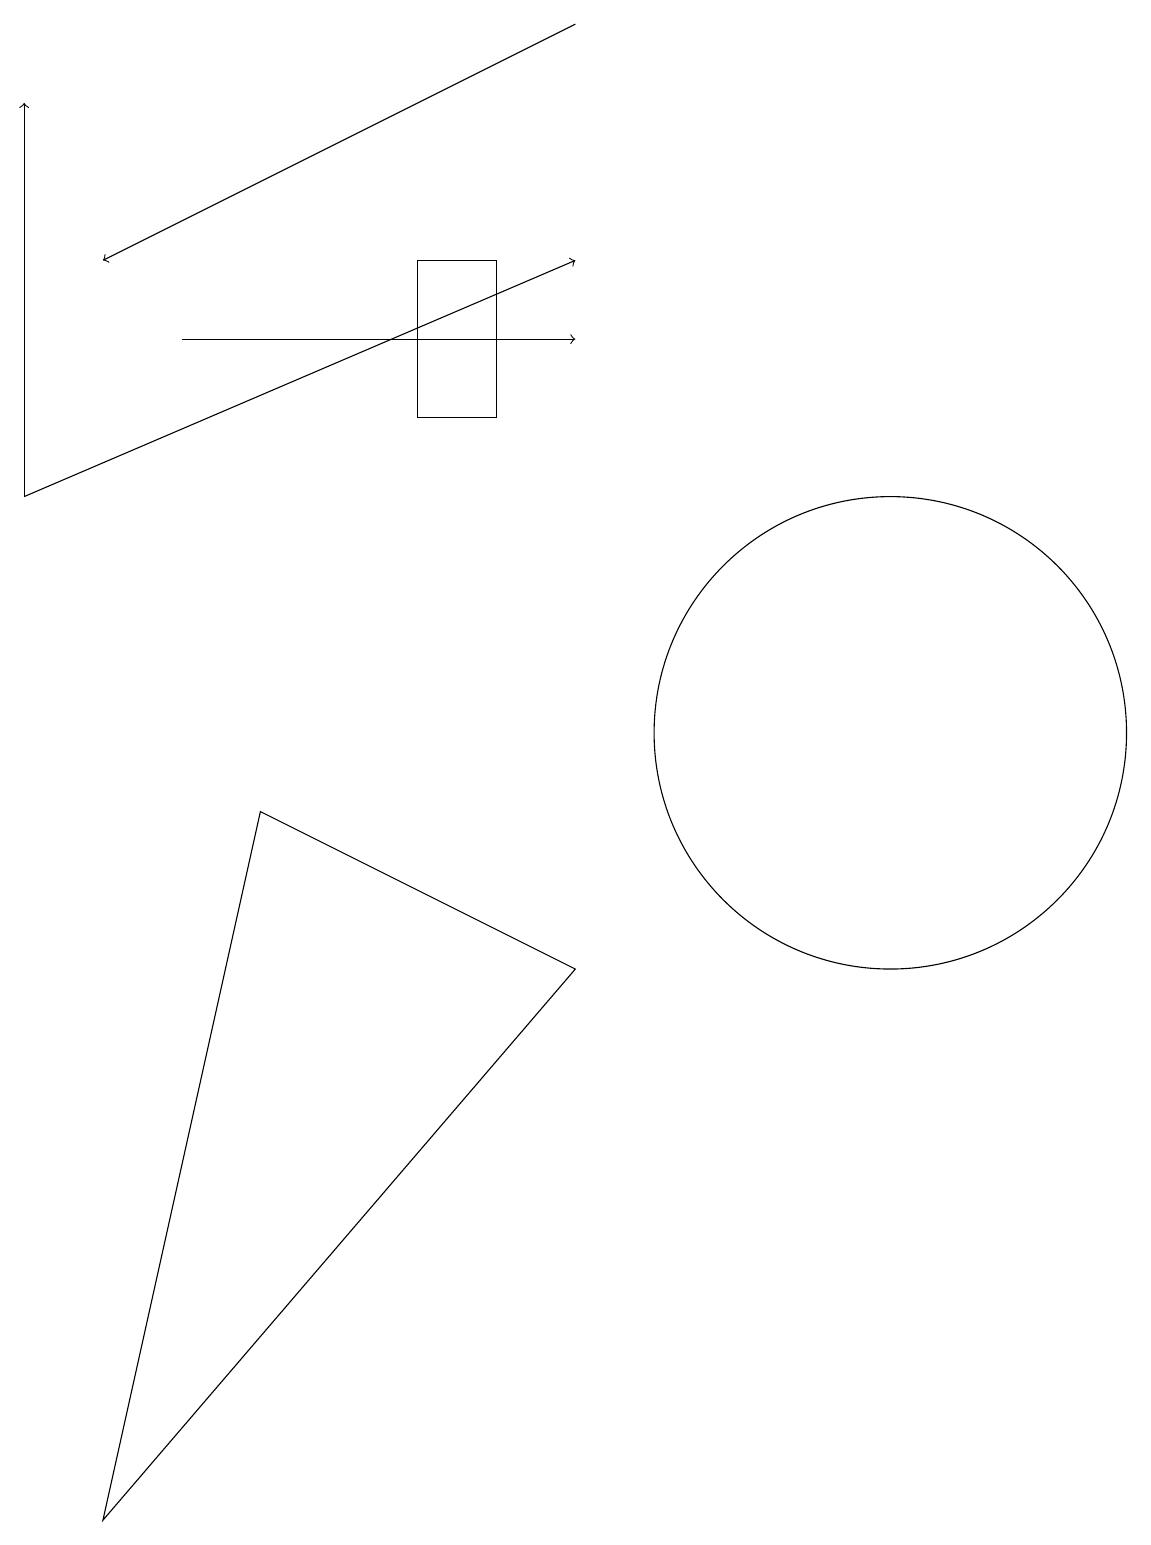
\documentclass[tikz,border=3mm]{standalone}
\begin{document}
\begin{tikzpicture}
\draw (11,10) circle (3);
\draw (6,16) rectangle (5,14);
\draw[->] (0,13) -- (7,16);
\draw (3,9) -- (7,7) -- (1,0) -- cycle;
\draw[->] (2,15) -- (7,15);
\draw[->] (7,19) -- (1,16);
\draw[->] (0,13) -- (0,18);
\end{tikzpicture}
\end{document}